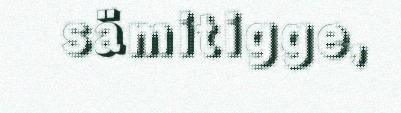
sämitigge,